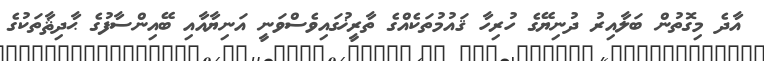
އާދެ މިގޮތުން ބަލާއިރު ދުނިޔޭގެ ހުރިހާ ޤައުމުތަކެއްގެ ތާރީޚުގައިވެސްވަނީ އަނިޔާއާއި ބޭއިންސާފުގެ ޙާދިޘާތަކުގެ